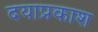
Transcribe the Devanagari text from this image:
दयाप्रकाश